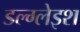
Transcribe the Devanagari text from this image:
डल्ग्लेइश